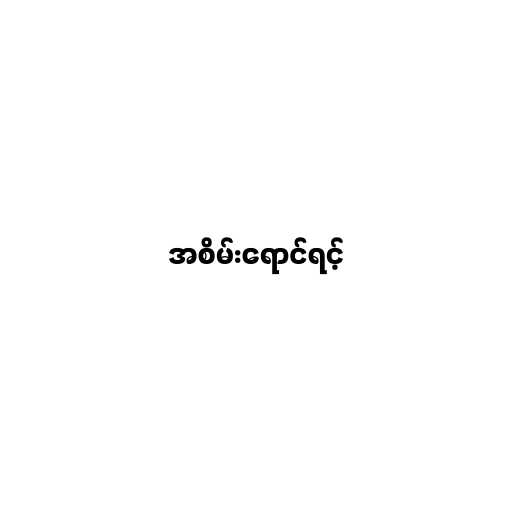
အစိမ်းရောင်ရင့်